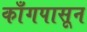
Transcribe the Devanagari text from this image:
काँगपासून